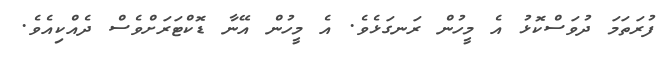
ފުރަތަމަ ދުވަސްކޮޅު އެ މީހުން ރަނގަޅެވެ. އެ މީހުން އޭނާ ޑޮކްޓަރަށްވެސް ދެއްކިއެވެ.